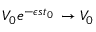
V _ { 0 } e ^ { - \epsilon s t _ { 0 } } \, \to V _ { 0 }